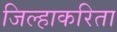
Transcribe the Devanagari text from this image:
जिल्हाकरिता